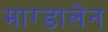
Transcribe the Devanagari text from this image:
माग्डालेन